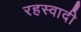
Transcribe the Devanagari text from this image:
रहस्वादी